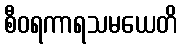
စီဝရကာရသမယေတိ